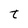
Character: t